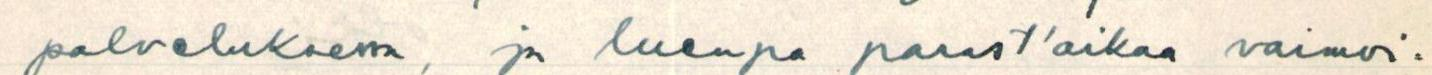
palveluksessa, ja luenpa parast'aikaa vaimoi=